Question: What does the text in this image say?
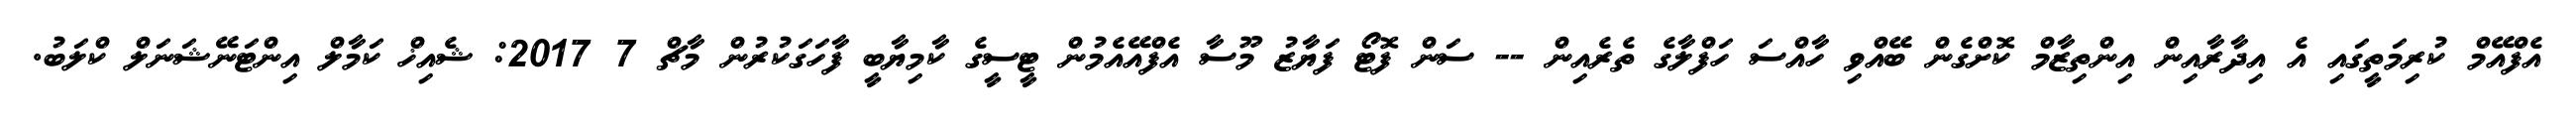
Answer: އެފްއޭމް ކުރިމަތީގައި އެ އިދާރާއިން އިންތިޒާމް ކޮށްގެން ބޭއްވި ހާއްސަ ހަފްލާގެ ތެރެއިން -- ސަން ފޮޓޯ ފަޔާޒު މޫސާ އެފްއޭއެމުން ޓީސީގެ ކާމިޔާބީ ފާހަގަކުރުން މާޗް 7 2017: ޝެއިޚް ކަމާލް އިންޓަނޭޝަނަލް ކްލަބު.